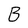
Character: B